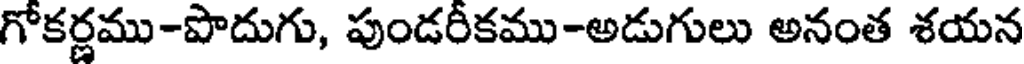
గోకర్ణము-పొదుగు, పుండరీకము-అడుగులు అనంత శయన